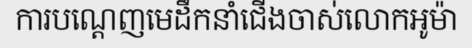
ការបណ្តេញមេដឹកនាំជើងចាស់លោកអូម៉ា